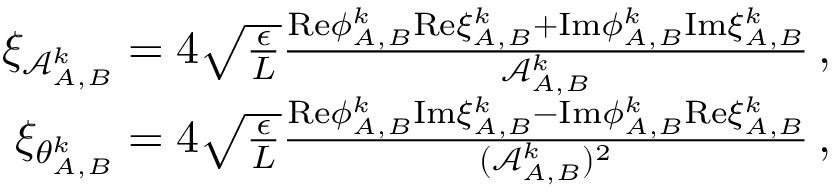
\begin{array} { r } { \xi _ { \mathcal { A } _ { A , B } ^ { k } } = 4 \sqrt { \frac { \epsilon } { L } } \frac { \mathrm { R e } { \phi } _ { A , B } ^ { k } \mathrm { R e } \xi _ { A , B } ^ { k } + \mathrm { I m } { \phi } _ { A , B } ^ { k } \mathrm { I m } \xi _ { A , B } ^ { k } } { \mathcal { A } _ { A , B } ^ { k } } \, , } \\ { \xi _ { \theta _ { A , B } ^ { k } } = 4 \sqrt { \frac { \epsilon } { L } } \frac { \mathrm { R e } { \phi } _ { A , B } ^ { k } \mathrm { I m } \xi _ { A , B } ^ { k } - \mathrm { I m } { \phi } _ { A , B } ^ { k } \mathrm { R e } \xi _ { A , B } ^ { k } } { ( \mathcal { A } _ { A , B } ^ { k } ) ^ { 2 } } \, , } \end{array}